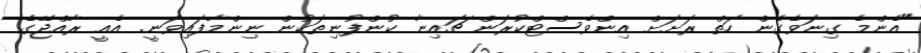
"އެންމެ ގިނަވެގެން ހަތް ރަށަށް އިންވެސްޓްކުރަން ޗައިނާ ކުންފުނިތަކުން ނިންމާފައިވަނީ. އެއީ ރާއްޖޭގެ